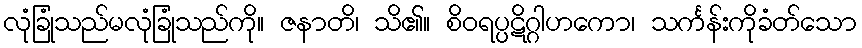
လုံခြုံသည်မလုံခြုံသည်ကို။ ဇနာတိ၊ သိ၏။ စိဝရပ္ပဋိဂ္ဂါဟကော၊ သင်္ကန်းကိုခံတ်သော